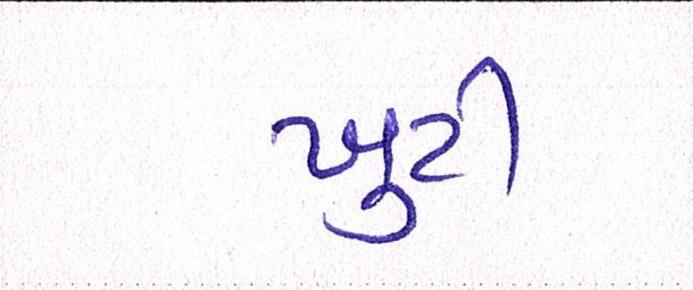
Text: ખુટી